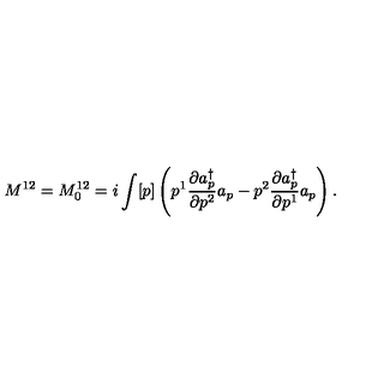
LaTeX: M ^ { 1 2 } = M _ { 0 } ^ { 1 2 } = i \int [ p ] \left( p ^ { 1 } \frac { \partial a _ { p } ^ { \dagger } } { \partial p ^ { 2 } } a _ { p } - p ^ { 2 } \frac { \partial a _ { p } ^ { \dagger } } { \partial p ^ { 1 } } a _ { p } \right) .